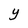
Character: Y